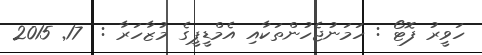
ހަވީރު ފޮޓޯ : ހަމަނުޖެހުންތަކާއި އެމްޑީޕީގެ މުޒާހަރާ :  17